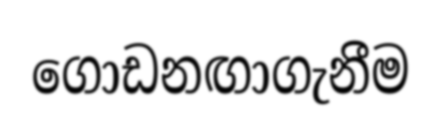
ගොඩනඟාගැනීම